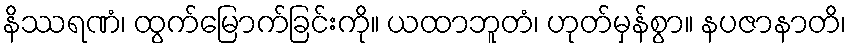
နိဿရဏံ၊ ထွက်မြောက်ခြင်းကို။ ယထာဘူတံ၊ ဟုတ်မှန်စွာ။ နပဇာနာတိ၊